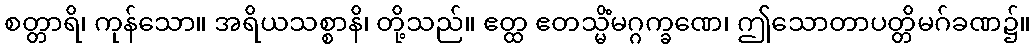
စတ္တာရိ၊ ကုန်သော။ အရိယသစ္စာနိ၊ တို့သည်။ ဧတ္ထ ဧတသ္မိံမဂ္ဂက္ခဏေ၊ ဤသောတာပတ္တိမဂ်ခဏ၌။